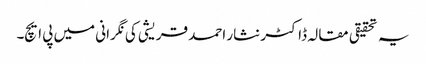
یہ تحقیقی مقالہ ڈاکٹر نثار احمد قریشی کی نگرانی میں پی ایچ۔